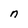
Character: n